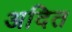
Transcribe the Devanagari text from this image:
अदित